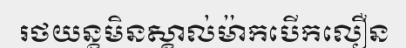
រថយន្តមិនស្គាល់ម៉ាកបើកលឿន